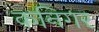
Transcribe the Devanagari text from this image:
कनिगर